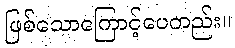
ဖြစ်သောကြောင့်ပေတည်း။